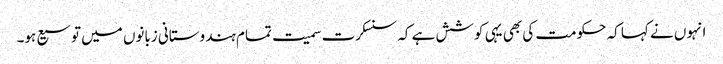
انہوں نے کہا کہ حکومت کی بھی یہی کوشش ہے کہ سنسکرت سمیت تمام ہندوستانی زبانوں میں توسیع ہو۔